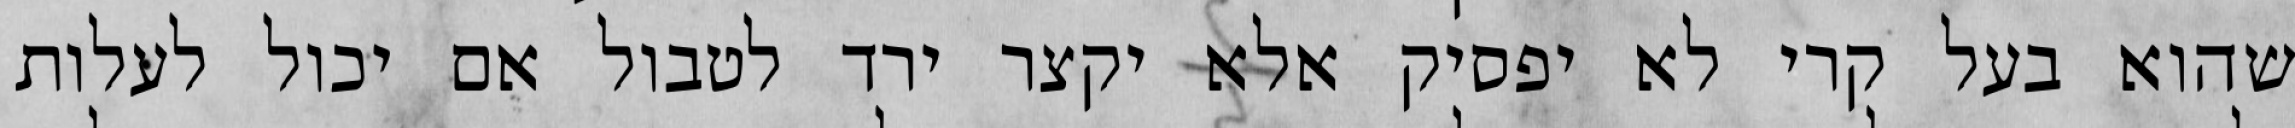
שהוא בעל קרי לא יפסיק אלא יקצר ירד לטבול אם יכול לעלות